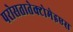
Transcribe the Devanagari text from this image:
परोसतातेक्टोमेइएस